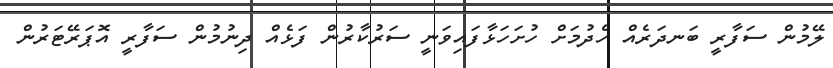
ލޭމުން ސަފާރީ ބަނދަރެއް ހެދުމަށް ހުށަހަޅާފައިވަނީ ސަރުކާރުން ފަޅެއް ދިނުމުން ސަފާރީ އޮޕަރޭޓަރުން